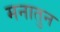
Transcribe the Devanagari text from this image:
मनातुन